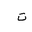
Letter: _ta